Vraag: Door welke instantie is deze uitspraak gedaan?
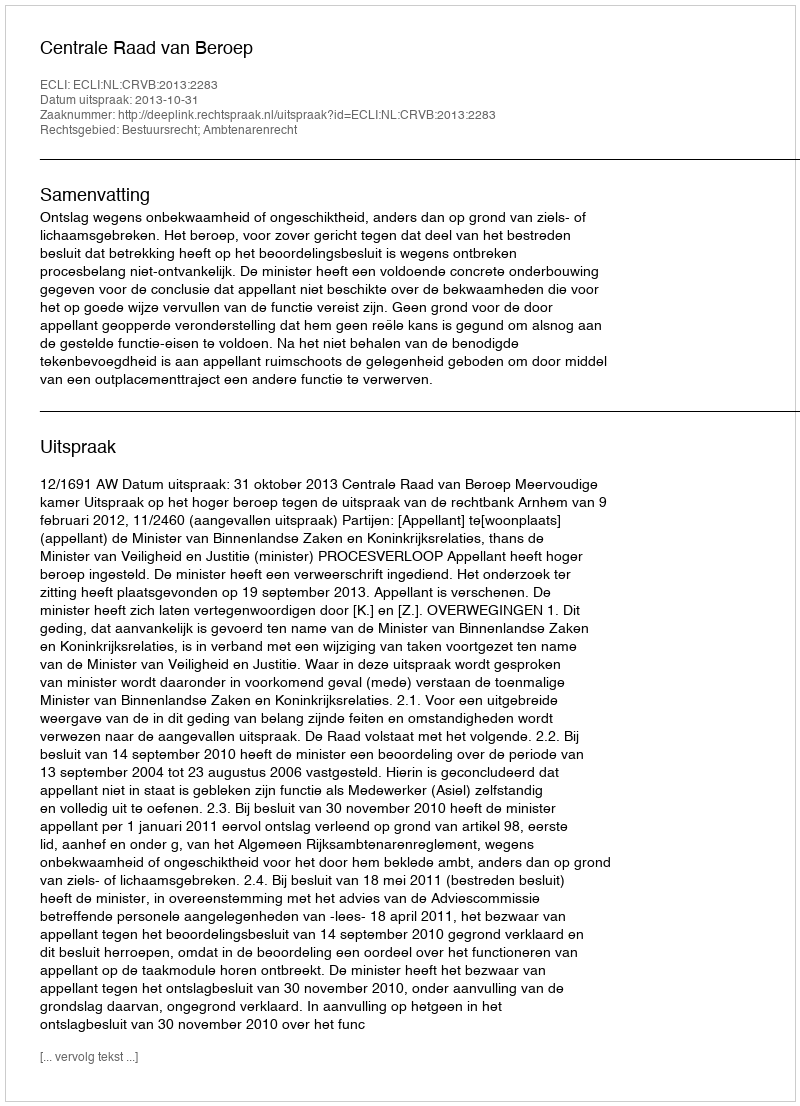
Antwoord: Centrale Raad van Beroep